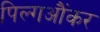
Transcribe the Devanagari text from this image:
पिल्गऔंकर